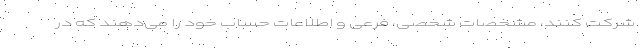
شرکت کنند، مشخصات شخصی، فرعی و اطلاعات حساب‌ خود را می‌دهند که در